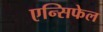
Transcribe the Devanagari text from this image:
एन्सिफेल